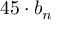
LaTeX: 4 5 \cdot b _ { n }